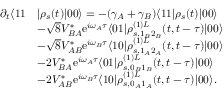
\begin{array} { r l } { \partial _ { t } \langle 1 1 } & { | \rho _ { s } ( t ) | 0 0 \rangle = - ( \gamma _ { A } + \gamma _ { B } ) \langle 1 1 | \rho _ { s } ( t ) | 0 0 \rangle } \\ & { - \sqrt { 8 } V _ { B A } ^ { * } \mathrm { e } ^ { i \omega _ { A } \tau } \langle 0 1 | \rho _ { s , 1 _ { B } 2 _ { B } } ^ { ( 1 ) L } ( t , t - \tau ) | 0 0 \rangle } \\ & { - \sqrt { 8 } V _ { A B } ^ { * } \mathrm { e } ^ { i \omega _ { B } \tau } \langle 1 0 | \rho _ { s , 1 _ { A } 2 _ { A } } ^ { ( 1 ) L } ( t , t - \tau ) | 0 0 \rangle } \\ & { - 2 V _ { B A } ^ { * } \mathrm { e } ^ { i \omega _ { A } \tau } \langle 0 1 | \rho _ { s , 0 _ { B } 1 _ { B } } ^ { ( 1 ) L } ( t , t - \tau ) | 0 0 \rangle } \\ & { - 2 V _ { A B } ^ { * } \mathrm { e } ^ { i \omega _ { B } \tau } \langle 1 0 | \rho _ { s , 0 _ { A } 1 _ { A } } ^ { ( 1 ) L } ( t , t - \tau ) | 0 0 \rangle . } \end{array}